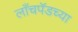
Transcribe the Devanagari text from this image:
लाँचपॅडच्या